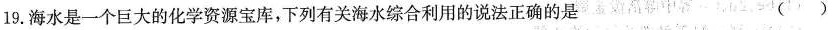
19.海水是一个巨大的化学资源宝库，下列有关海水综合利用的说法正确的是()